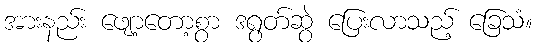
အားနည်း ဖျော့တော့စွာ ဒရွတ်ဆွဲ ပြေးလာသည့် ခြေသံ။